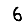
Digit: 6